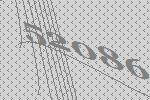
52086